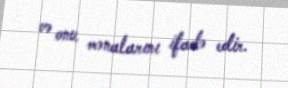
və onu mənalarını ifadə edir.